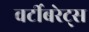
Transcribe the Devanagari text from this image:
वर्टीबरेट्स